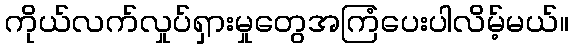
ကိုယ်လက်လှုပ်ရှားမှုတွေအကြံပေးပါလိမ့်မယ်။